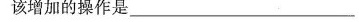
该增加的操作是_____________________